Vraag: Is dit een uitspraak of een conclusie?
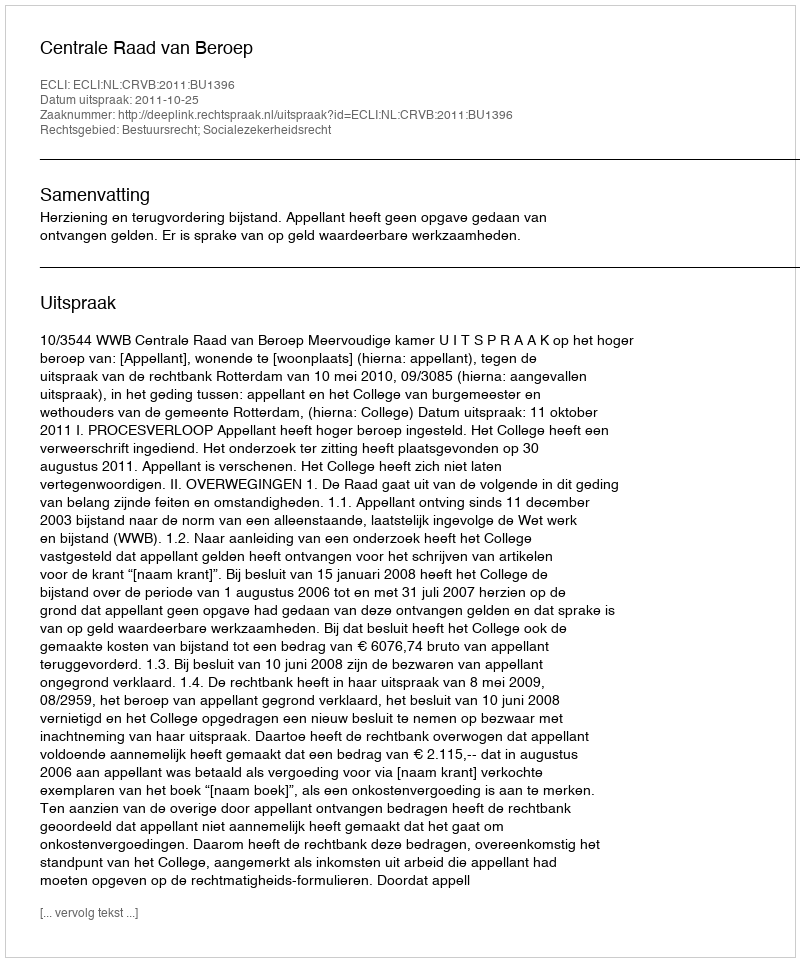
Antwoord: Uitspraak